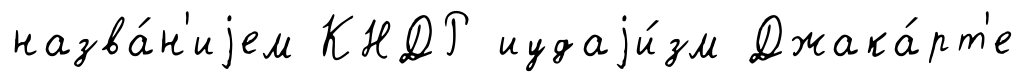
назва́н'иjем КНДР иудаjи́зм Джака́рт'е